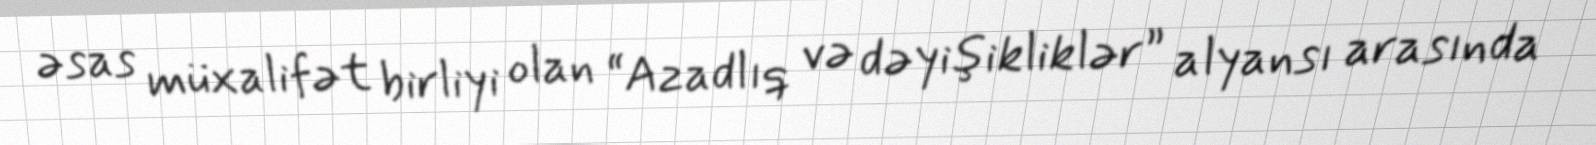
əsas müxalifət birliyi olan “Azadlıq və dəyişikliklər” alyansı arasında